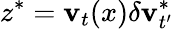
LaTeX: z^{*}=\textbf{v}_{t}(x)\delta\textbf{v}_{t^{\prime}}^{*}